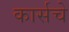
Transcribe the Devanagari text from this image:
कार्सचे